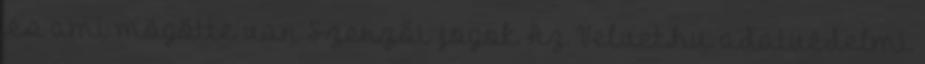
.és ami mögötte van Szerzői jogok Az Velvet.hu adatvédelmi